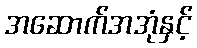
အဆောက်အအုံနှင့်